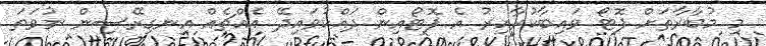
މި މުބާރާތަށް ފޮޓޯ ވައިބާކުރާއިރު އެ ފޮޓޯއިން ދައްކުވައިދޭ އެއްޗެއް އިނގިރޭސިން ނުވަތަ